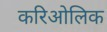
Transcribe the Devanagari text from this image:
करिओलिक